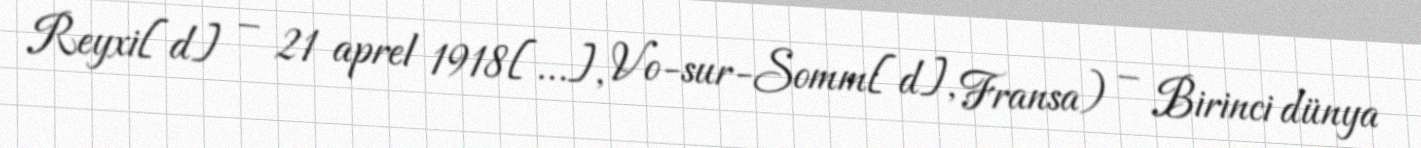
Reyxi[d] – 21 aprel 1918[…], Vo-sur-Somm[d], Fransa) – Birinci dünya